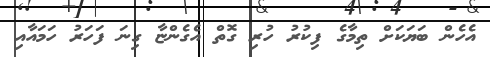
އެހެން ބަޔަކަށް ތިމާގެ ފިކުރު ހުރި ގޮތް އެގެންޏާ ގިނަ ފަހަރު ހަމައާއި